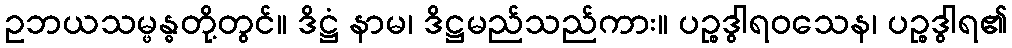
ဥဘယသမ္ဖန္ဓတို့တွင်။ ဒိဋ္ဌံ နာမ၊ ဒိဋ္ဌမည်သည်ကား။ ပဉ္စဒွါရဝသေန၊ ပဉ္စဒွါရ၏